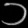
Digit: ၁